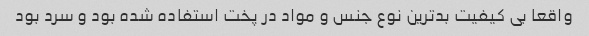
واقعا بی کیفیت بدترین نوع جنس و مواد در پخت استفاده شده بود و سرد بود